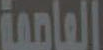
العاصمة